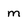
Character: m